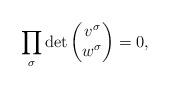
LaTeX: \begin{align*}\prod_{\sigma}\det\begin{pmatrix}v^{\sigma}\\w^{\sigma}\end{pmatrix} = 0,\end{align*}